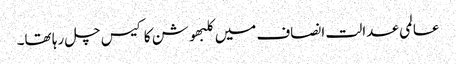
عالمی عدالت انصاف میں کلبھوشن کا کیس چل رہا تھا۔